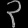
Digit: ၃